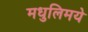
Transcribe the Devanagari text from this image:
मधुलिमये